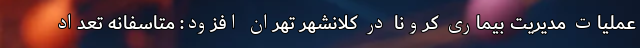
عملیات مدیریت بیماری کرونا در کلانشهر تهران افزود: متاسفانه تعداد